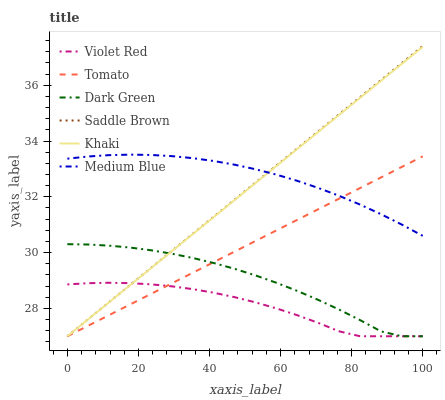
| xaxis_label | Violet Red | Tomato | Dark Green | Saddle Brown | Khaki | Medium Blue |
 | --- | --- | --- | --- | --- | --- | --- |
 | 0 | 28.9 | 27 | 30.3 | 27 | 27 | 33.4 |
 | 5.88 | 28.9 | 27.4 | 30.3 | 27.6 | 27.6 | 33.4 |
 | 11.8 | 28.9 | 27.8 | 30.2 | 28.2 | 28.2 | 33.5 |
 | 17.6 | 28.9 | 28.1 | 30.2 | 28.8 | 28.8 | 33.5 |
 | 23.5 | 28.9 | 28.5 | 30.1 | 29.4 | 29.4 | 33.5 |
 | 29.4 | 28.8 | 28.9 | 30 | 30.1 | 30.1 | 33.5 |
 | 35.3 | 28.7 | 29.3 | 29.8 | 30.7 | 30.7 | 33.4 |
 | 41.2 | 28.6 | 29.7 | 29.6 | 31.3 | 31.3 | 33.3 |
 | 47.1 | 28.4 | 30 | 29.4 | 31.9 | 31.9 | 33.2 |
 | 52.9 | 28.2 | 30.4 | 29.2 | 32.5 | 32.5 | 33 |
 | 58.8 | 28 | 30.8 | 28.9 | 33.1 | 33.1 | 32.8 |
 | 64.7 | 27.8 | 31.2 | 28.6 | 33.7 | 33.7 | 32.6 |
 | 70.6 | 27.5 | 31.6 | 28.3 | 34.3 | 34.3 | 32.3 |
 | 76.5 | 27.2 | 31.9 | 28 | 35 | 34.9 | 32 |
 | 82.4 | 27 | 32.3 | 27.6 | 35.6 | 35.5 | 31.7 |
 | 88.2 | 27 | 32.7 | 27.2 | 36.2 | 36.2 | 31.4 |
 | 94.1 | 27 | 33.1 | 27 | 36.8 | 36.8 | 31 |
 | 100 | 27 | 33.5 | 27 | 37.4 | 37.4 | 30.6 |